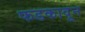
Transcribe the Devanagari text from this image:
फडकावून